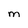
Character: M